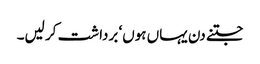
جتنے دن یہاں ہوں‘ برداشت کر لیں۔